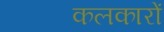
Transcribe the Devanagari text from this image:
कलकारों